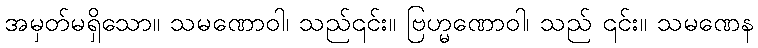
အမှတ်မရှိသော။ သမဏောဝါ၊ သည်၎င်း။ ဗြဟ္မဏောဝါ၊ သည် ၎င်း။ သမဏေန